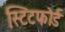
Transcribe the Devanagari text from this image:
स्टिटफोर्ड